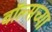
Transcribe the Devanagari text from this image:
बॉल्सच्या